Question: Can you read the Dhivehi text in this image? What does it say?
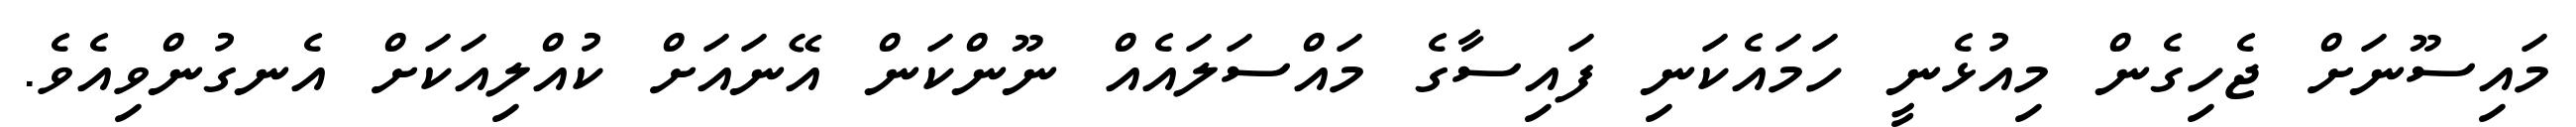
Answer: މައިސޫނަށް ޖެހިގެން މިއުޅެނީ ހަމައެކަނި ފައިސާގެ މައްސަލައެއް ނޫންކަން އޭނައަށް ކުއްލިއަކަށް އެނގުންވިއެވެ.